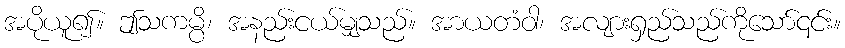
အပိုယူ၍။ ဤသကမ္ပိ၊ အနည်းငယ်မျှသည်။ အာယတံဝါ၊ အလျားရှည်သည်ကိုသော်၎င်း။